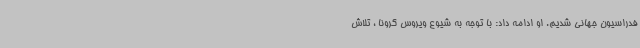
فدراسیون جهانی شدیم. او ادامه داد: با توجه به شیوع ویروس کرونا ، تلاش